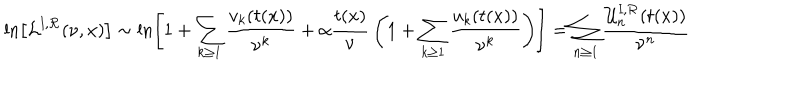
LaTeX: \ln \left[ { \cal L } ^ { \mathrm { I } , { \cal R } } ( \nu , x ) \right] \sim \ln \left[ 1 + \sum _ { k \geq 1 } { \frac { v _ { k } ( t ( x ) ) } { \nu ^ { k } } } + { \alpha } { \frac { t ( x ) } { \nu } } \left( 1 + \sum _ { k \geq 1 } { \frac { u _ { k } ( t ( x ) ) } { \nu ^ { k } } } \right) \right] = \sum _ { n \geq 1 } { \frac { { \cal U } _ { n } ^ { \mathrm { I } , { \cal R } } ( t ( x ) ) } { \nu ^ { n } } }